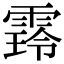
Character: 𮦜